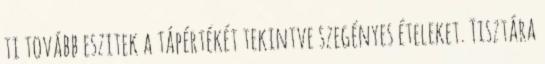
ti tovább eszitek a tápértékét tekintve szegényes ételeket. Tisztára